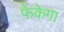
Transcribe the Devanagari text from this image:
फेंकेगा